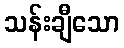
သန်းချီသော